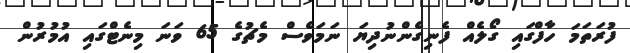
ފުރަތަމަ ހާފްގައި ގޯލެއް ފެނިގެންނުދިޔަ ނަމަވެސް މެޗުގެ 65 ވަނަ މިނެޓްގައި އުމުރުން